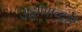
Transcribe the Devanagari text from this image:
उड्डाणांव्दारे